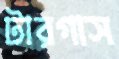
টারগাস